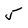
Character: 5